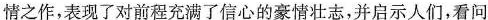
情之作，表现了对前程充满了信心的豪情壮志，并启示人们，看问